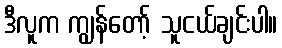
ဒီလူက ကျွန်တော့် သူငယ်ချင်းပါ။